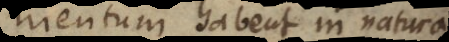
mentum habent in natura